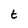
Character: t